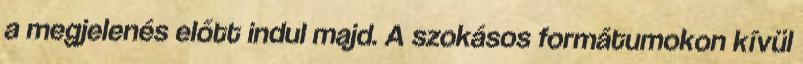
a megjelenés előtt indul majd. A szokásos formátumokon kívül